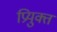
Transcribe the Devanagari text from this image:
प्रियुक्त